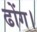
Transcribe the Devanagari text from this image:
ढोंग।